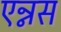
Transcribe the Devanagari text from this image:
एन्नस